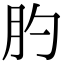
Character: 肑